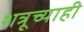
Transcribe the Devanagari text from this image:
शत्रूच्याही